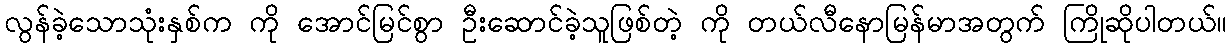
လွန်ခဲ့သောသုံးနှစ်က ကို အောင်မြင်စွာ ဦးဆောင်ခဲ့သူဖြစ်တဲ့ ကို တယ်လီနောမြန်မာအတွက် ကြိုဆိုပါတယ်။